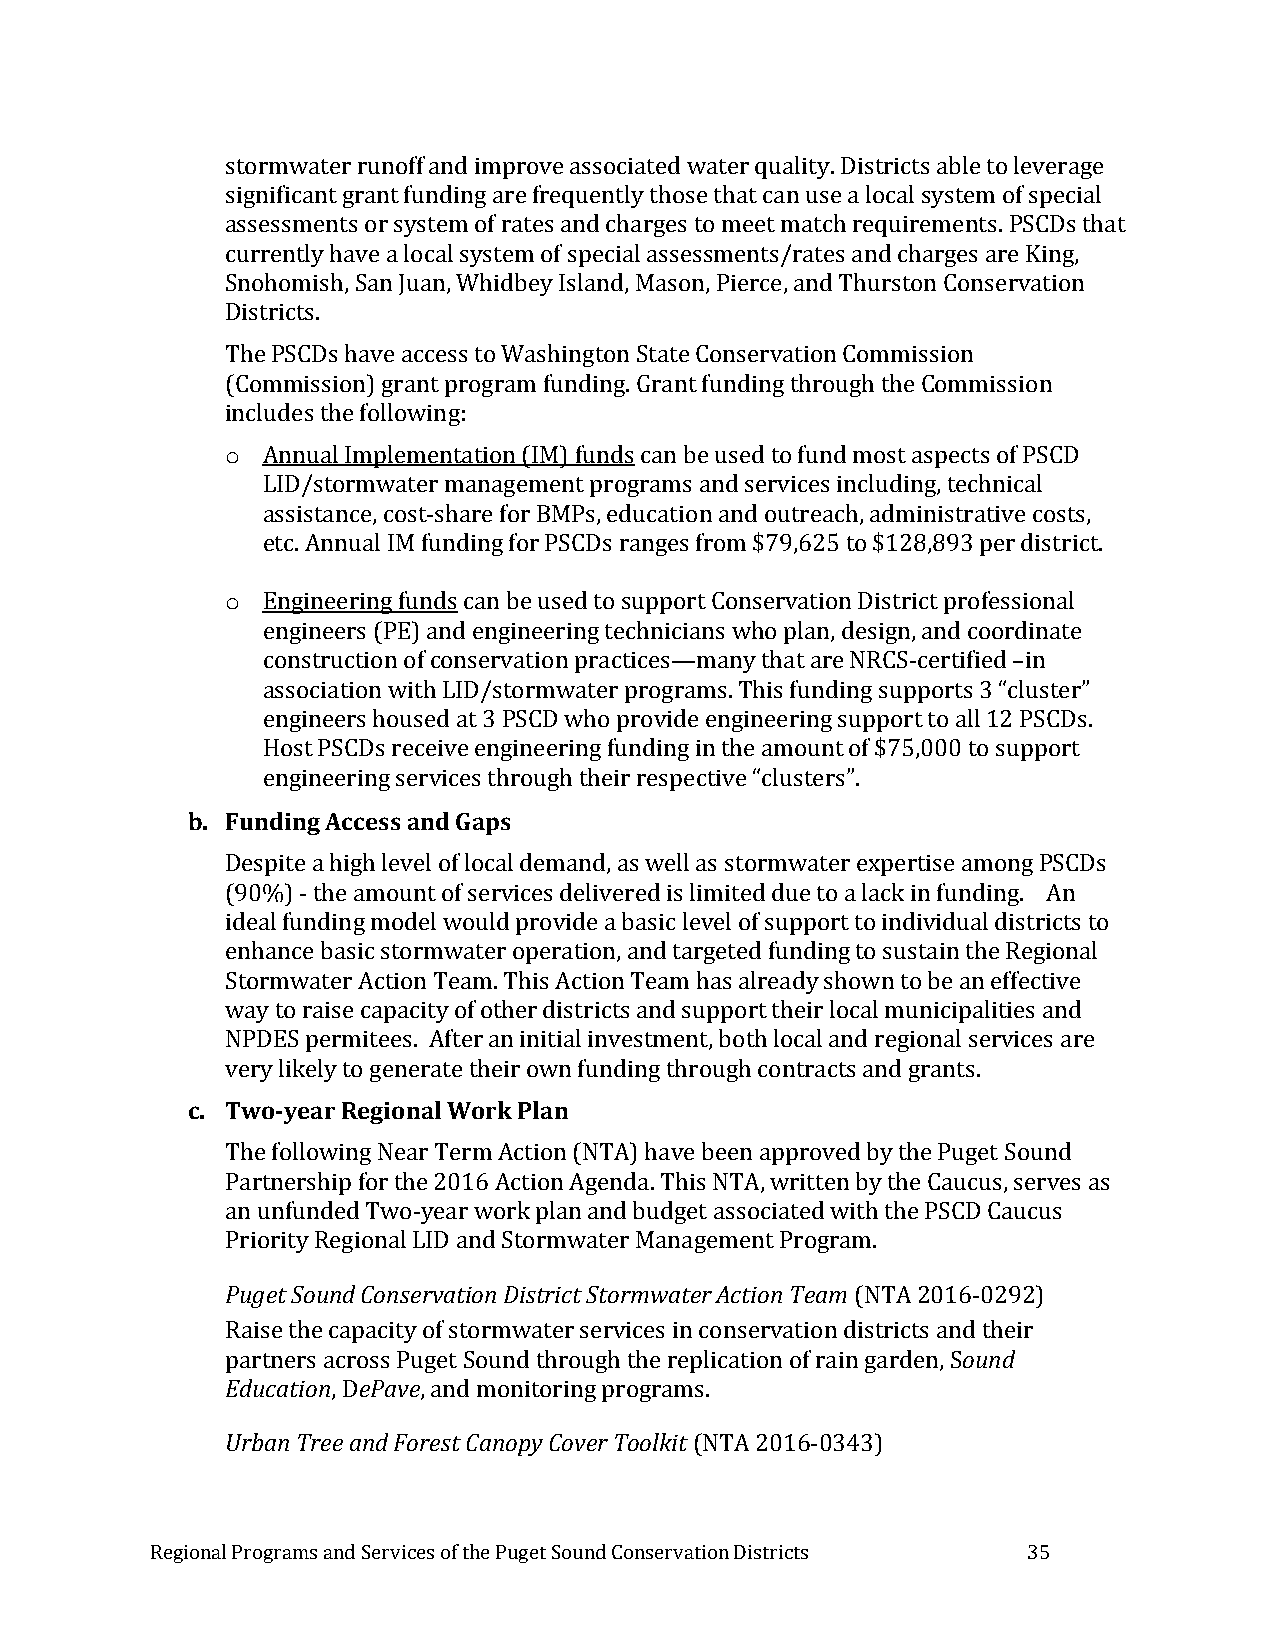
stormwater runoff and improve associated water quality. Districts able to leverage
 significant grant funding are frequently those that can use a local system of special
 assessments or system of rates and charges to meet match requirements. PSCDs that
 currently have a local system of special assessments/rates and charges are King,
 Snohomish, San Juan, Whidbey Island, Mason, Pierce, and Thurston Conservation
 Districts.
 The PSCDs have access to Washington State Conservation Commission
 (Commission) grant program funding. Grant funding through the Commission
 includes the following:
 o Annual Implementation (IM) funds can be used to fund most aspects of PSCD
 LID/stormwater management programs and services including, technical
 assistance, cost-share for BMPs, education and outreach, administrative costs,
 etc. Annual IM funding for PSCDs ranges from $79,625 to $128,893 per district.
 o Engineering funds can be used to support Conservation District professional
 engineers (PE) and engineering technicians who plan, design, and coordinate
 construction of conservation practices—many that are NRCS-certified –in
 association with LID/stormwater programs. This funding supports 3 “cluster”
 engineers housed at 3 PSCD who provide engineering support to all 12 PSCDs.
 Host PSCDs receive engineering funding in the amount of $75,000 to support
 engineering services through their respective “clusters”.
 b. Funding Access and Gaps
 Despite a high level of local demand, as well as stormwater expertise among PSCDs
 (90%) - the amount of services delivered is limited due to a lack in funding. An
 ideal funding model would provide a basic level of support to individual districts to
 enhance basic stormwater operation, and targeted funding to sustain the Regional
 Stormwater Action Team. This Action Team has already shown to be an effective
 way to raise capacity of other districts and support their local municipalities and
 NPDES permitees. After an initial investment, both local and regional services are
 very likely to generate their own funding through contracts and grants.
 c. Two-year Regional Work Plan
 The following Near Term Action (NTA) have been approved by the Puget Sound
 Partnership for the 2016 Action Agenda. This NTA, written by the Caucus, serves as
 an unfunded Two-year work plan and budget associated with the PSCD Caucus
 Priority Regional LID and Stormwater Management Program.
 Puget Sound Conservation District Stormwater Action Team (NTA 2016-0292)
 Raise the capacity of stormwater services in conservation districts and their
 partners across Puget Sound through the replication of rain garden, Sound
 Education, DePave, and monitoring programs.
 Urban Tree and Forest Canopy Cover Toolkit (NTA 2016-0343)
 Regional Programs and Services of the Puget Sound Conservation Districts 35